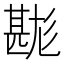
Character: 𤯉